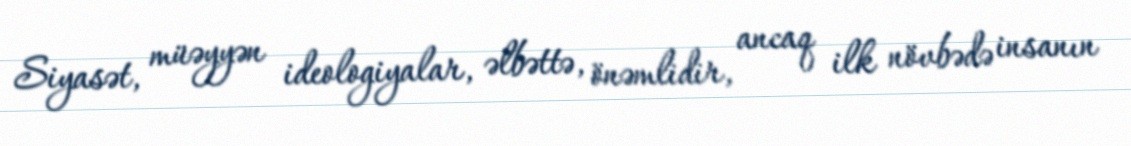
Siyasət, müəyyən ideologiyalar, əlbəttə, önəmlidir, ancaq ilk növbədə insanın